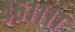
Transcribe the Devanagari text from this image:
४६११११